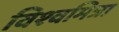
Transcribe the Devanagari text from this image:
विश्‍वमित्रा